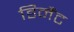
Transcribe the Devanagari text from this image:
डिनैंट